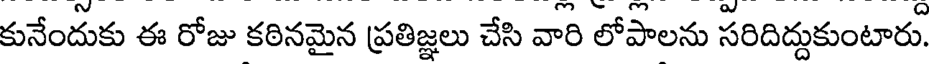
కునేందుకు ఈ రోజు కఠినమైన ప్రతిజ్ఞలు చేసి వారి లోపాలను సరిదిద్దుకుంటారు.